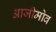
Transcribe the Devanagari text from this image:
आजीमोव